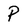
Character: P